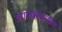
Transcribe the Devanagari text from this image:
उद्योगक्षेत्रातील